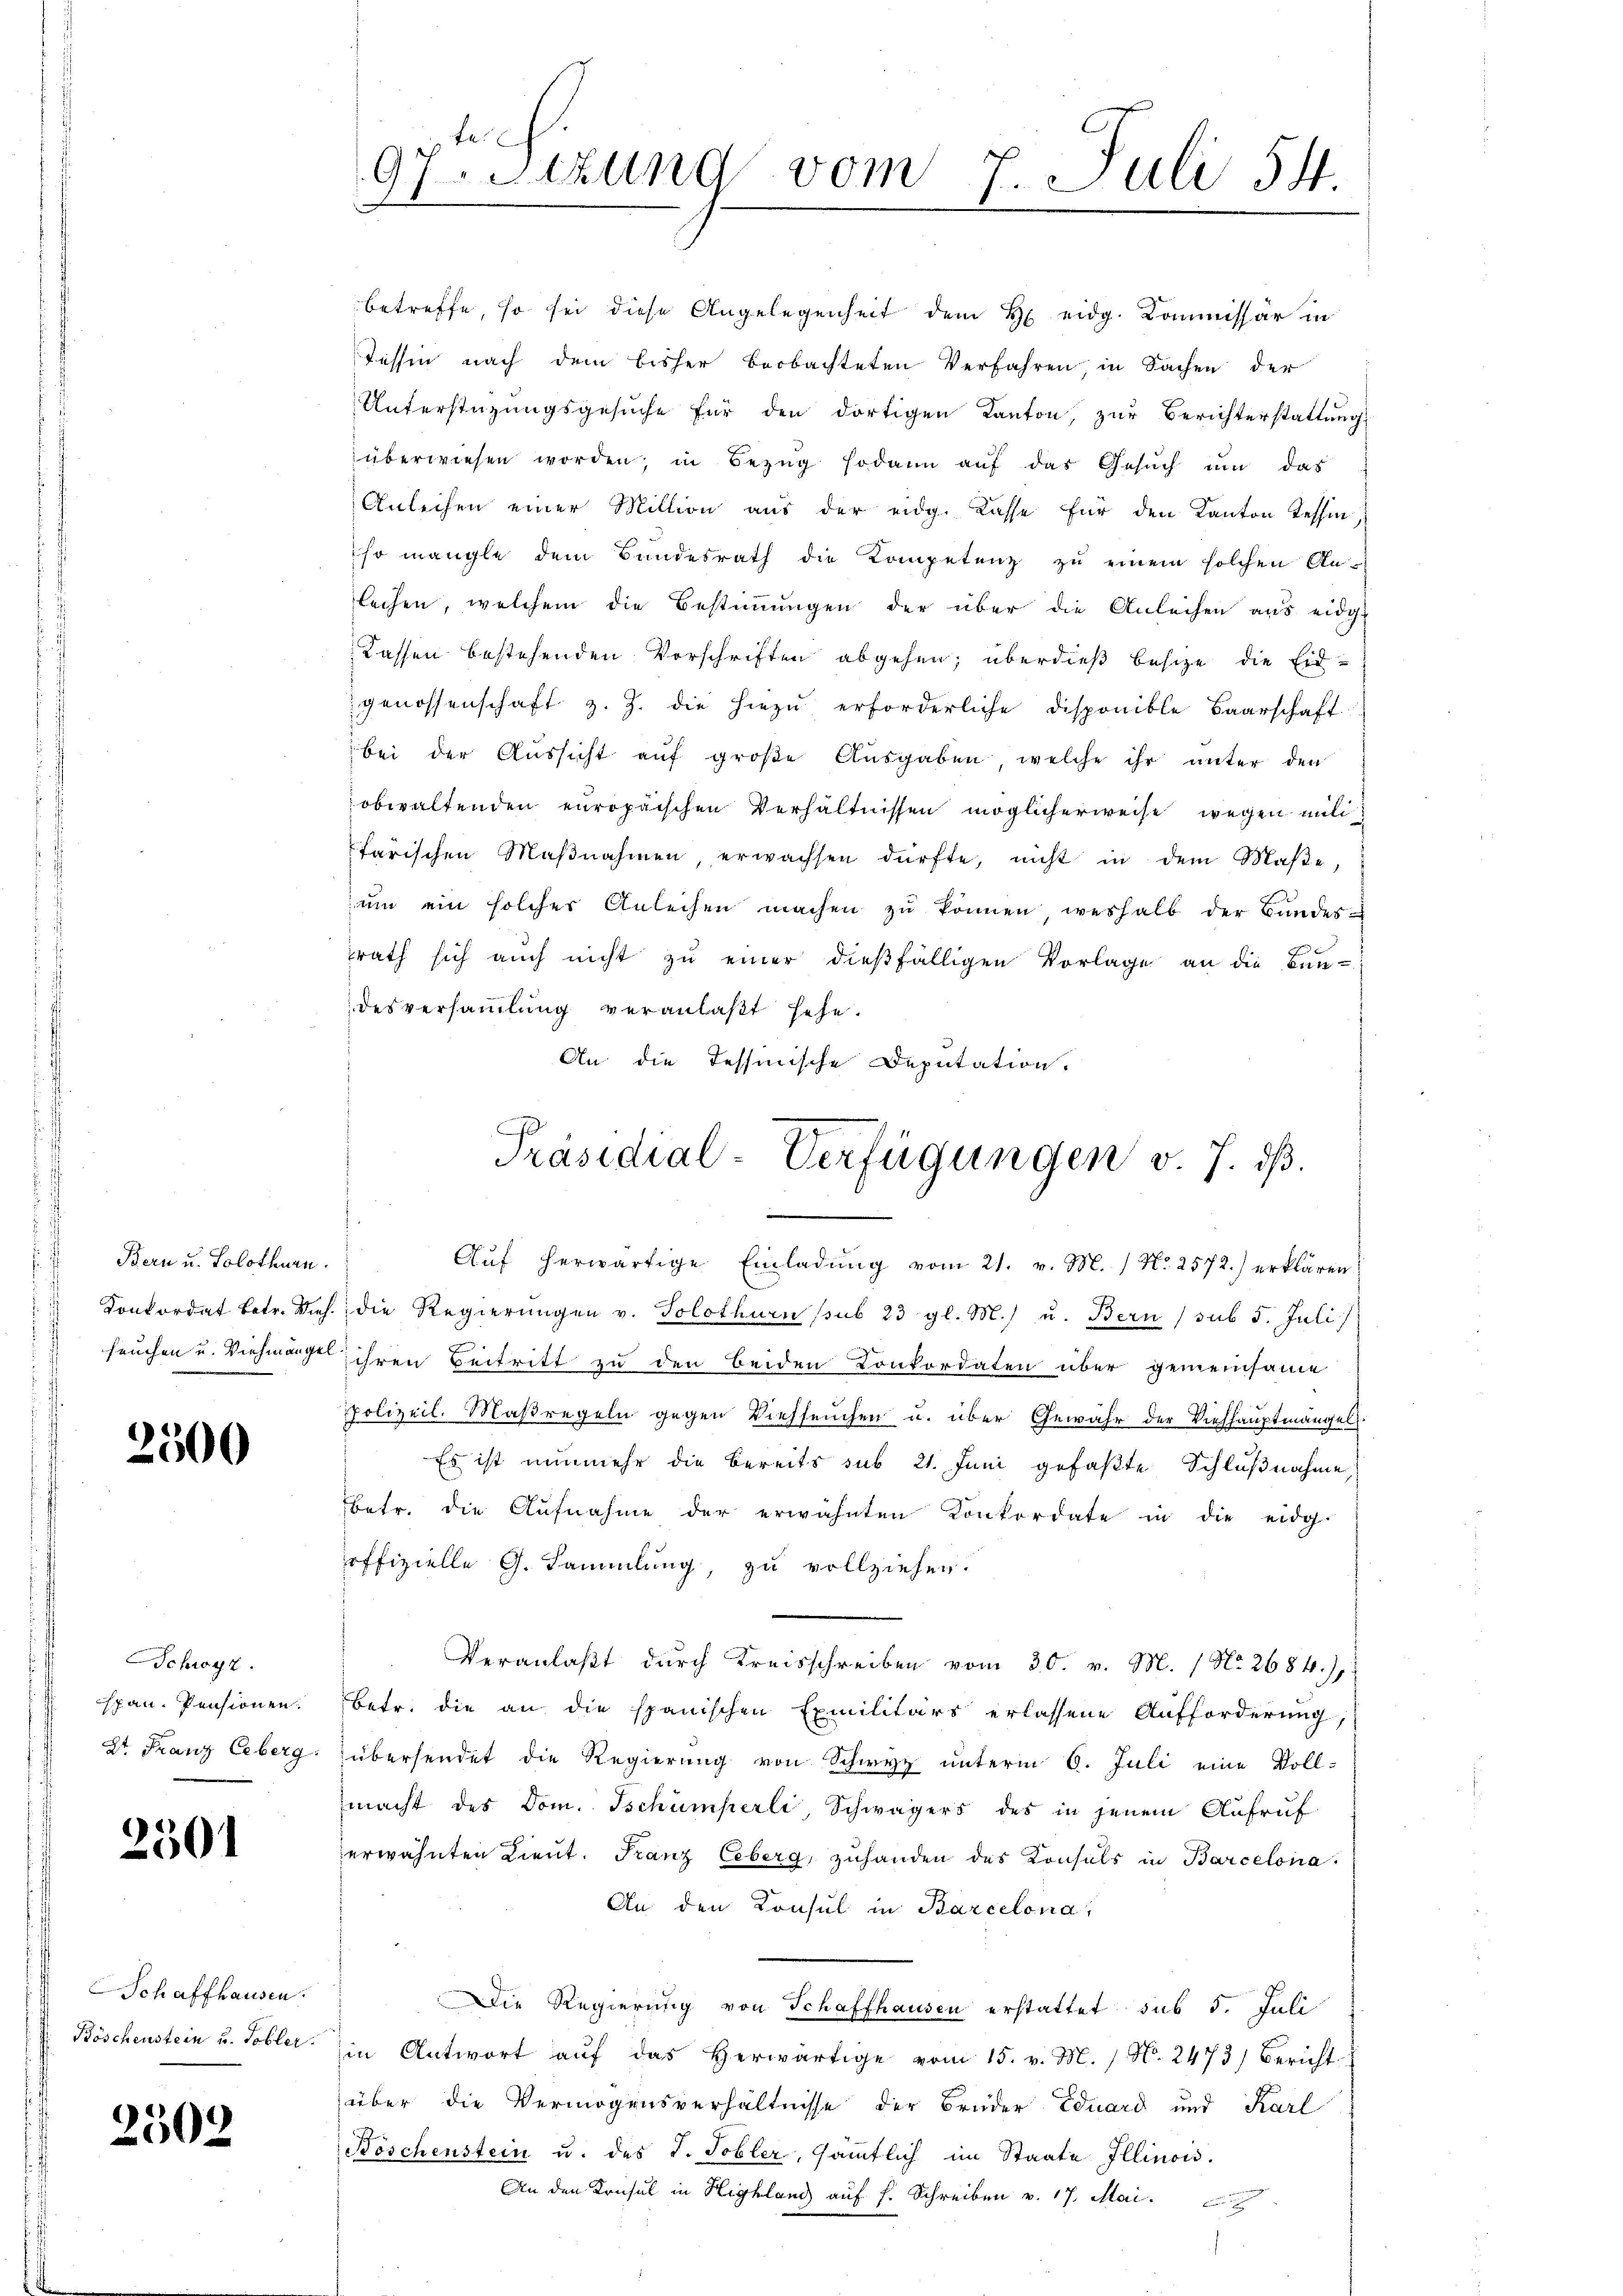
s
.
Bern u. Solothurn.

2500

Schwyz.
span Pensionen.

2501

Schaffhausen.
Böschenstein u. Tobler.

2508

betreffe, so sei diese Angelegenheit dem H eidg. Kommissär in
Tessin nach dem bisher beobachteten Verfahren, in Sachen der
Unterstüzungsgesuche für den dortigen Kanton, zur Berichterstattung
überwiesen worden, in Bezŭg sodann auf das Gesŭch ŭm das
Anleihen einer Million aŭs der eidg. Casse für den Kanton Tessin,
ihr mangle dem Bundesrath die Kompetenz zu einem solchen An-
lechen, welchem die Bestimmungen der über die Anleihen aus eidge
Kassen bestehenden Vorschriften abgehen; überdieß besize die Eid-
genossenschaft z. Z. die hiezŭ erforderliche disponible Baarschaft
bei der Aussicht auf große Ausgaben, welche ihr unter den
obwaltenden europäischen Verhältnissen möglicherweise wegen militarischen Maβnahmen, erwachsen dürfte, nicht in dem Maβe,
ŭm ein solcher Anleihen machen zŭ können weshalb der Bundes-
srath sich auch nicht zu einer dießfälligen Vorlage an die Bun-
desversammlung veranlaßt sehe.
An die Tessinische Deputation.
Aŭf herwärtige Einladŭng vom 21. v. M. / Nr. 2572.) erklären,
Konkordat betr. Mich. die Regierungen v. Solothurn sub 23 gl. M.) u. Bern / sub 5. Juli/
fruchen und Viehmängel ihren Beitritt zu den beiden Conkordaten über gemeinsame
Polizeil. Maßregeln gegen Viehseuchen u. über Gewähr der Viehhauptmängel.
Es ist nunmehr die bereits sub 21. Juni gefaßte Schlußnahme,
betr. die Aufnahme der erwähnten Konkordate in die eidg.
offizielle G. Sammlung, zu vollziehen.
Veranlaßt durch Kreisschreiben vom 30. v. M. 1 No 2684),
betr. die an die spanischen Exmilitärs erlassene Aufforderung,
2t Franz Eeberg übersendet die Regierung von Schwyz unterm 6. Juli eine Voll-
macht des Dom. Tschumperli Schwägers des in jenem Aufruf
erwähnten Lieut. Franz Eeberg, zuhanden des Konsuls in Barcelona
An den Konsul in Barcelona,
Die Regierung von Schaffhausen erstattet sub 5. Juli
in Antwort aŭf das herwärtige vom 15. v. M. / No. 2473) Bericht
über die Vermögensverhältnisse der Brüder Eduard und Karl
Köschenstein u. des J. Tobler, sämmtlich im Staate Illinois.
An den Konsul in Highland aŭf f. Schreiben v. 17. Mai.

th
97 Stzung vom 7. Juli 54.
x

Präsidial-Verfügungen v. J. dß.